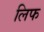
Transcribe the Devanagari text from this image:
लिफ